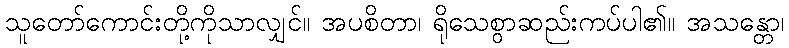
သူတော်ကောင်းတို့ကိုသာလျှင်။ အပစိတာ၊ ရိုသေစွာဆည်းကပ်ပါ၏။ အသန္တော၊